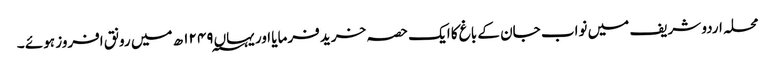
محلہ اردو شریف میں نواب جان کے باغ کا ایک حصہ خرید فرمایا اور یہاں ۱۲۴۹؁ ھ میں رونق افروز ہوئے ۔